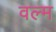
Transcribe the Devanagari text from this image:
वल्म